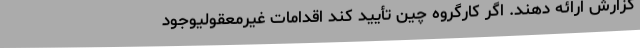
گزارش‌ ارائه دهند. اگر کارگروه چین تأیید کند اقدامات غیرمعقولیوجود